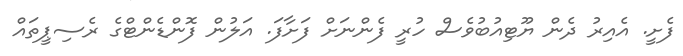
ފެށީ. އެއިރު ދެން ޔޫޓިއުބުވެސް ހުރީ ފެންނަށް ފަށާފަ. އަލުން ފޮންޑެންޓްގެ ރެސިޕީތައް